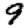
Digit: 9